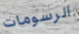
الرسومات